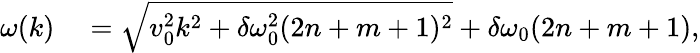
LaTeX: \begin{array}{rl}{\omega(k)}&{{}=\sqrt{v_{0}^{2}k^{2}+\delta\omega_{0}^{2}(2n+m+1)^{2}}+\delta\omega_{0}(2n+m+1),}\end{array}